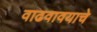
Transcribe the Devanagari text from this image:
वाढवावयाचे